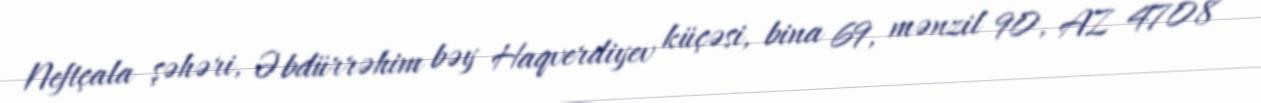
Neftçala şəhəri, Əbdürrəhim bəy Haqverdiyev küçəsi, bina 69, mənzil 90, AZ 4708